Bréfritari: Jón Jónsson
Viðtakandi: Jón Borgfirðings Jónsson
Dagsetning: A-1858-11-03
Skrifað á: Hesti  Borg.

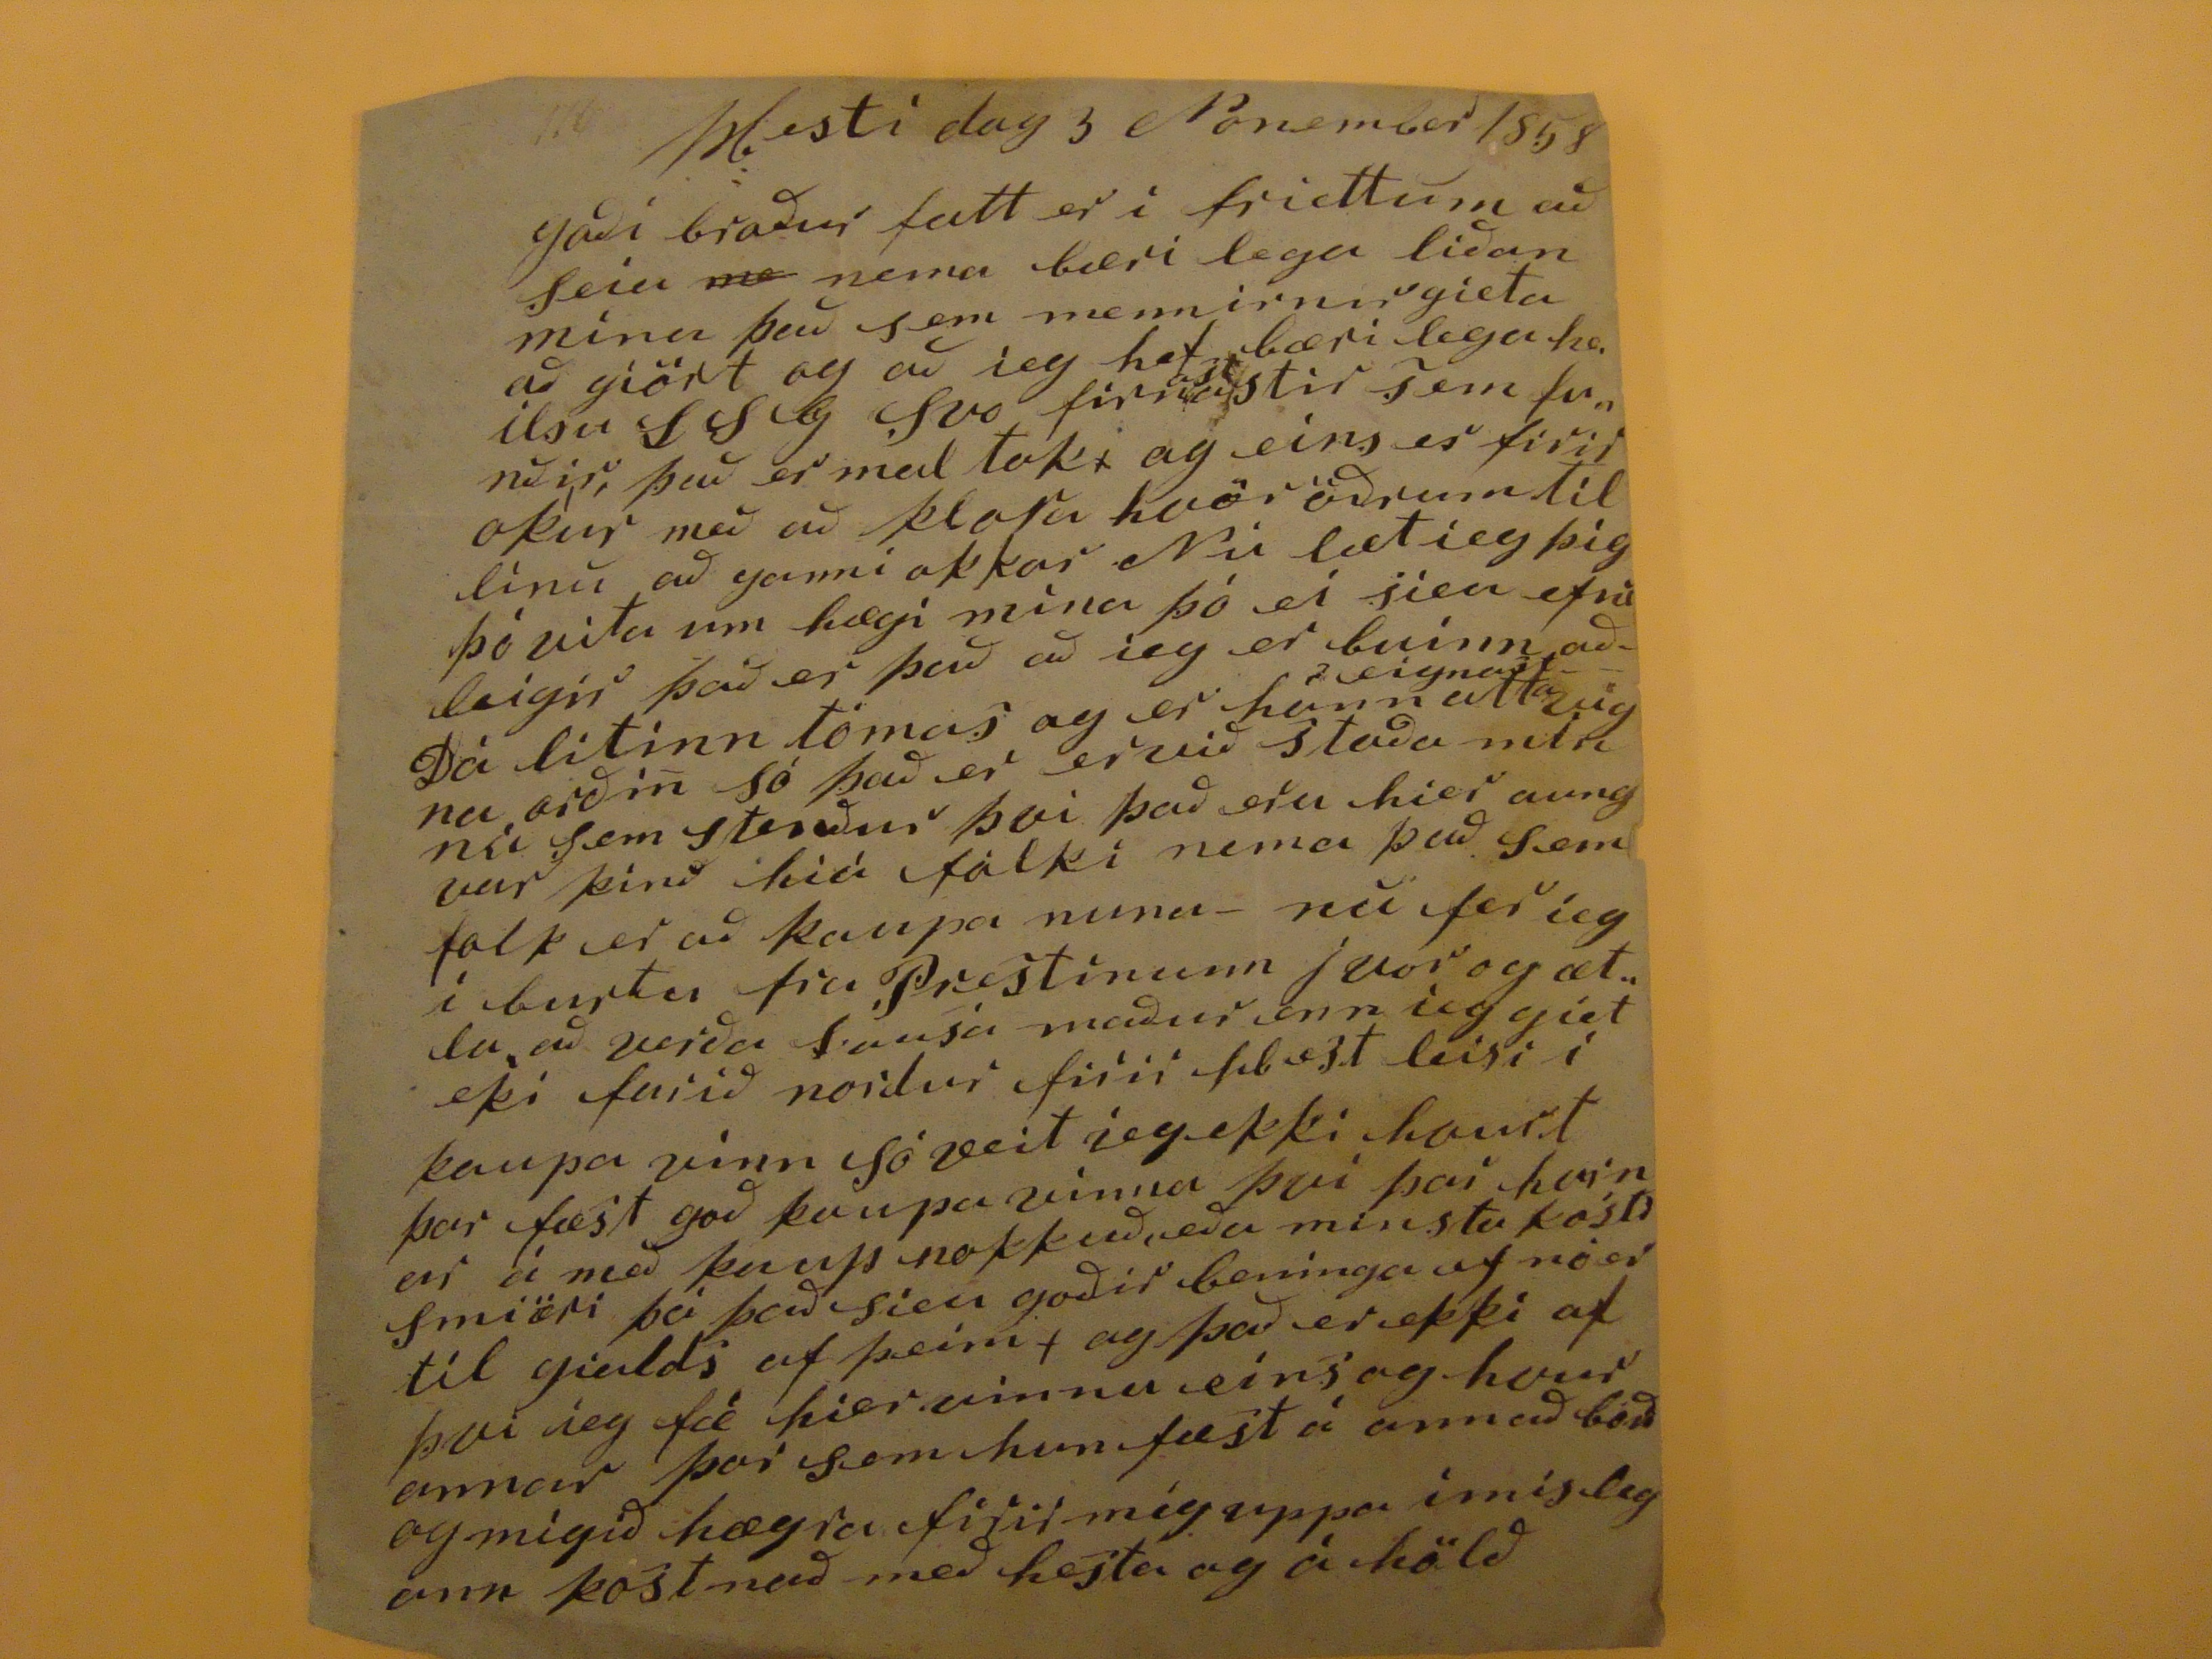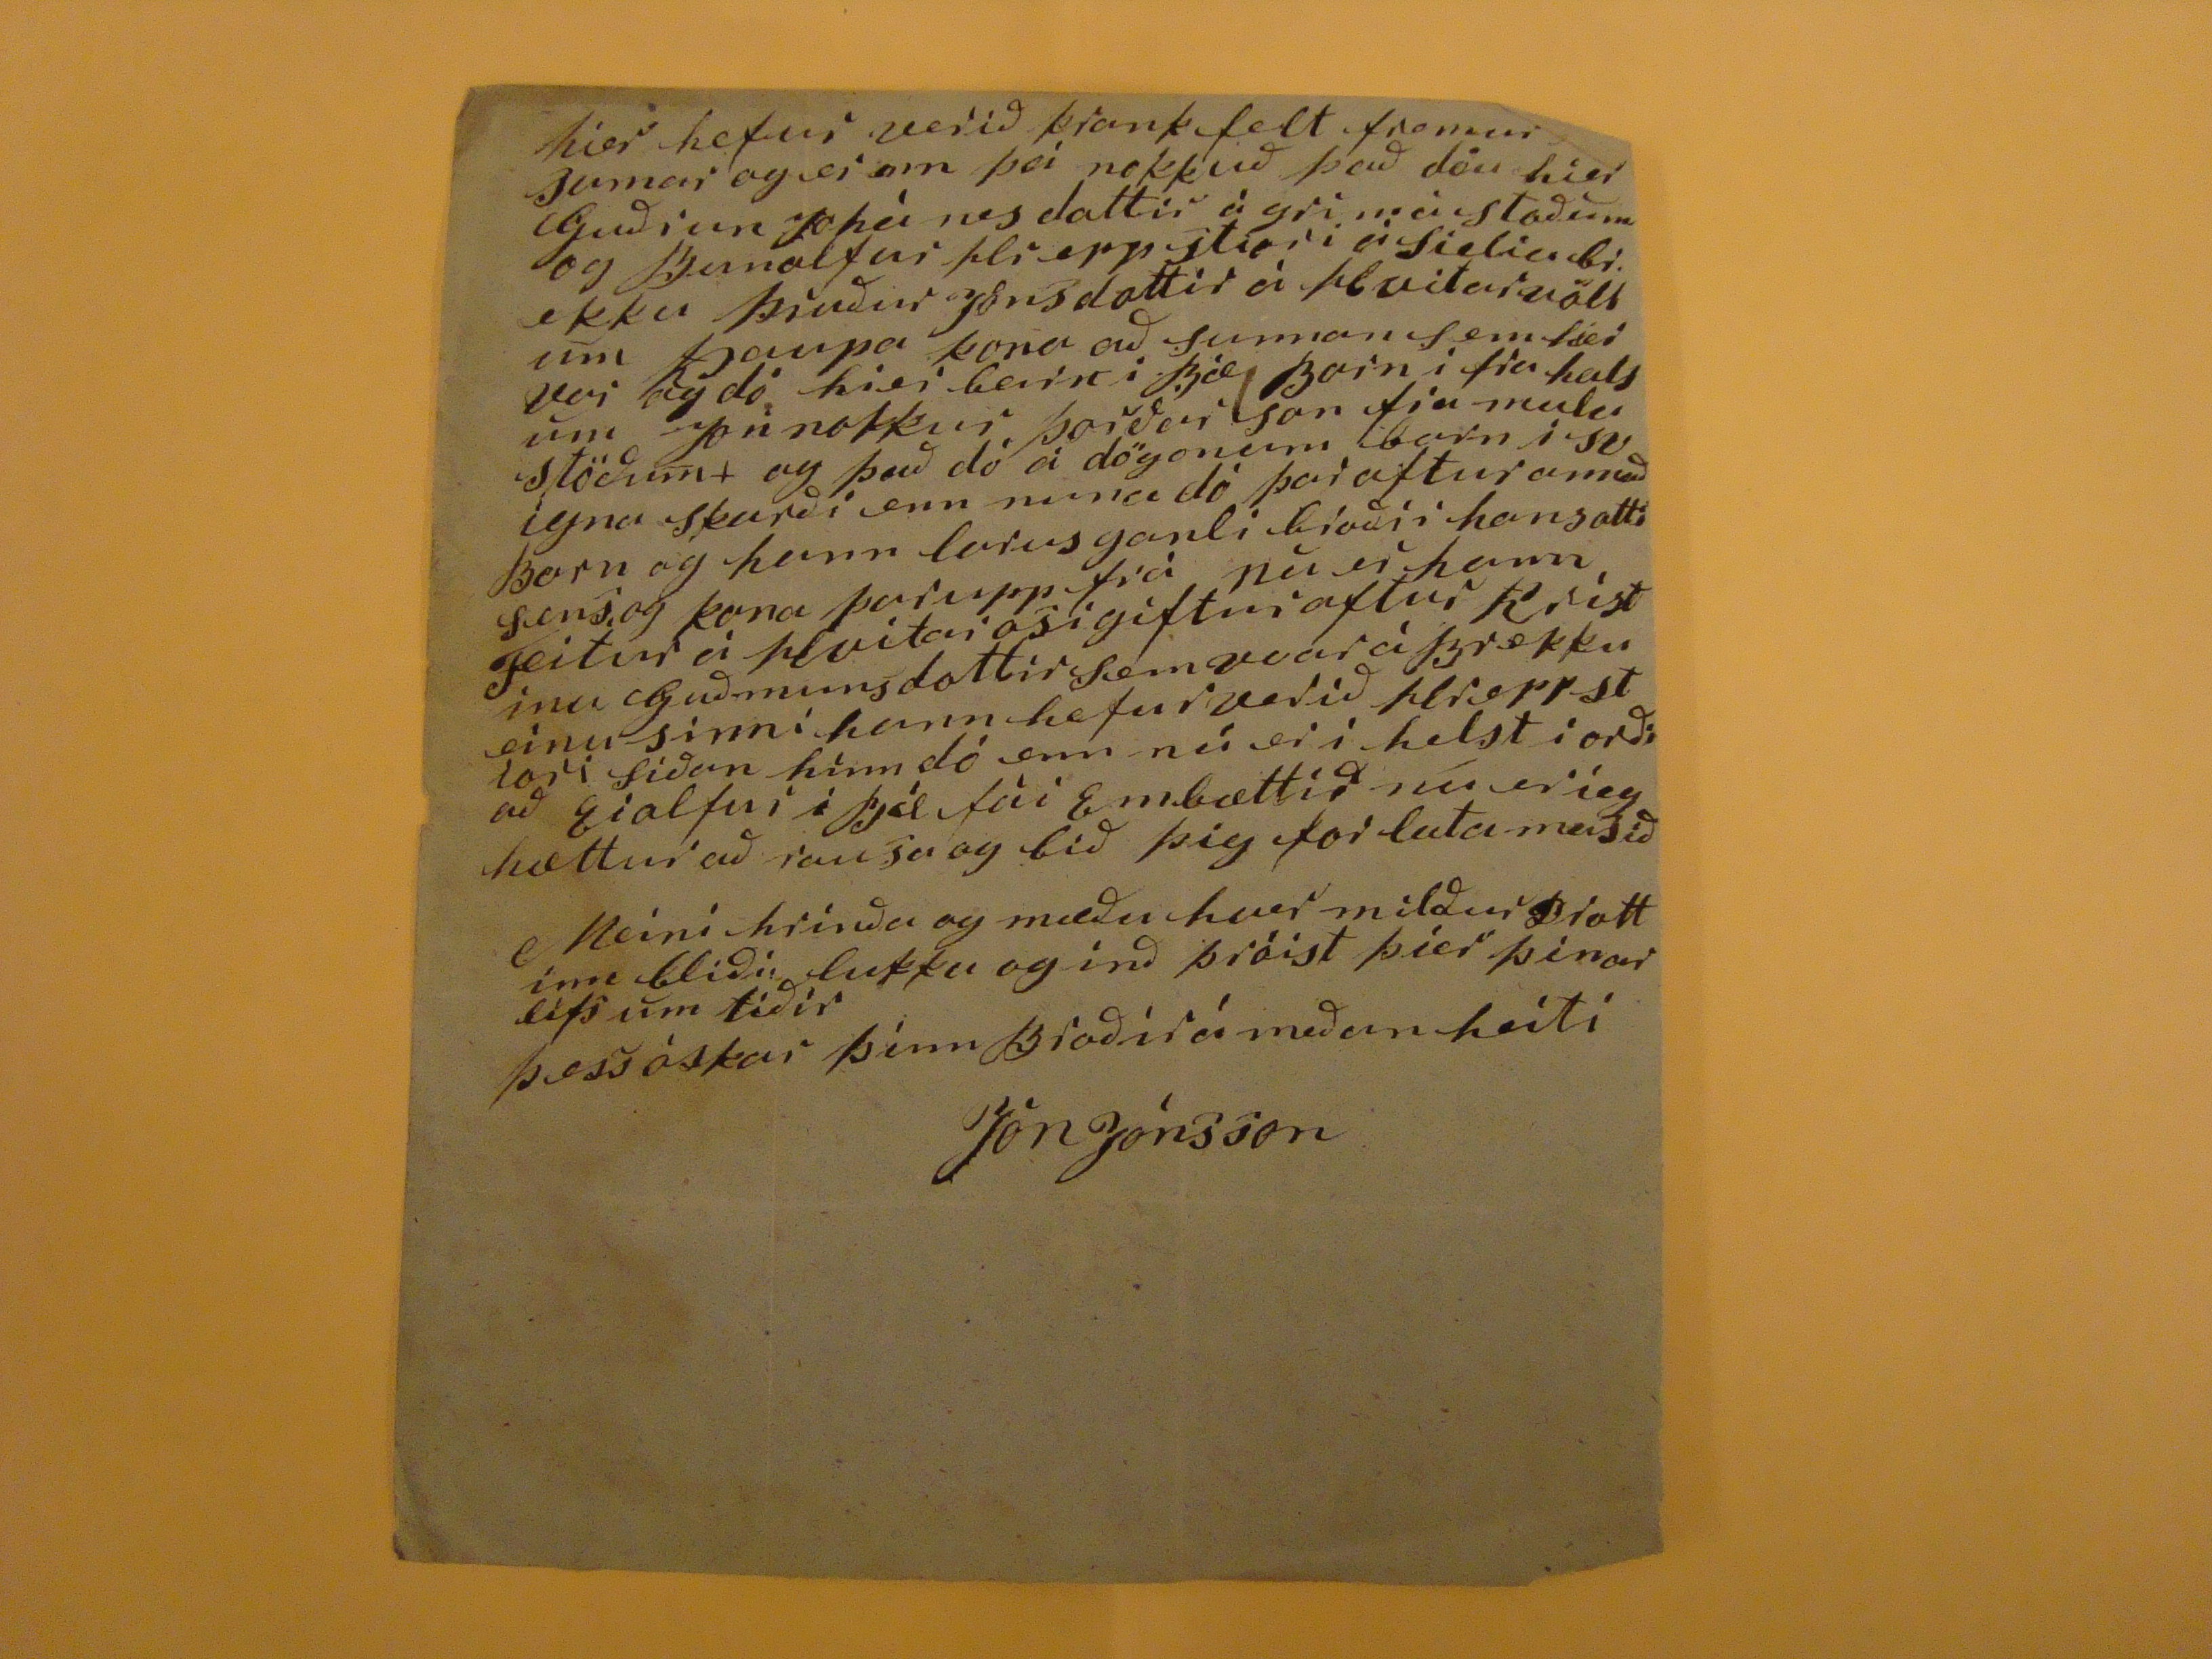

Hesti dag 3 Nonember 1858
Goði broður fatt er i friettum að seia
me
nema bæri lega liðan mína það sem mennirnir gieta að gíört og að ieg hef bæri lega heilsu LSG Svo
firir??Stir
sem
funnðir,
, það er mal toki og eins er firir okur með að klora hvör öðrum til línu að ganni okkar Nú læt ieg þig þó vita um hægi mína þó ei sieu efni leigir það er það að ieg er buinn að
eignast
Dá litinn tómas og er hann attaviga orðin só það er ervið staða min nú sem stenður þvi það eru hier aungvar
kinð hiá
fólki nema það sem folk er að kaupa nuna - nu fer ieg i burtu fra Prestinum j vor og ætla að verða
sansa
maður enn ieg giet eki farið nordur firir
fibest leisi
i kaupa vinn só veit ieg ekki hvurt þar fæst goð kaupavinna því þar
hvrnar
á með kaup nokkuð, eða minsta kosti smiöri þó það sieu goðir beninga ef nó er til gialds af þeim, og það er ekki af þvi ieg fæ hier vinnu eins og hvur annar því sem hun fæst á annað borð og migið hægra firir mig uppa imislegann kostnað með hesta og á hölð
hier hefur verið krank felt fremur
?
sumar og er enn þá nokkuð það dóu hier Guðrun Johá nesdottir á grimástiðum og Bunolfur
Hreppstiori á sieliubr.
ekku Þruður Jonsdottir á Hvitarvöllum Kaupa kona að sunnan sem hier var og dó hier barn i Bæ Barn i fra halsum Jon nokkur Þorðar son fra mulastöðum+ og það dó á dögonum barn i svigna skarði enn nuna dó þar aftur annað Barn og hann larus ganli broðir hans atti
sens
og kona þar upp frá nu er hann Teitur á Hvitarosi giftur aftur Krístínu Guðmundsdottir sem vvar á Brekku einu sinni hann hefur verið
Hrerrstlori
siðan hinn dó enn nú er i helst i orði að Eiolfur i
Ból
fái Embættið nú er ieg hættur að rausa go bið þig forlata masið
Meini hrinða og mæðu hver milður Drottinn bliði lukku og inð þróist þier þinar lifs um tiðir
þess óskar þinn Broðir á meðan heiti
Jón Jónsson